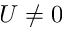
U \neq 0